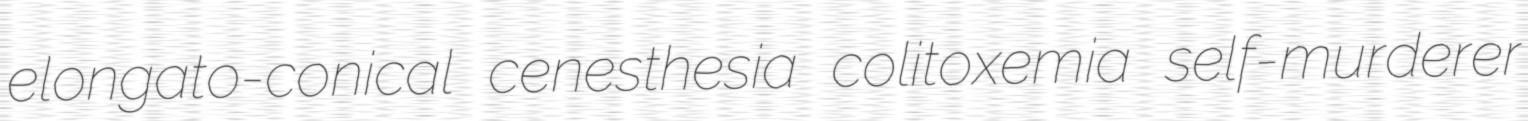
elongato-conical cenesthesia colitoxemia self-murderer